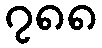
၇၈၈